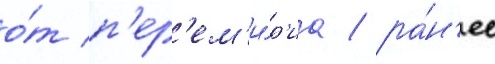
о́т п'ер'ем'и́р'иа / ра́н'ее